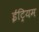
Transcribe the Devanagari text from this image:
ईट्रियम